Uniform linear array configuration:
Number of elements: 64
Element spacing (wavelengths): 0.5
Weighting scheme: blackman
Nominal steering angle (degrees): -60
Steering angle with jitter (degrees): -59.435
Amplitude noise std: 0.05
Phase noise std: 0.05

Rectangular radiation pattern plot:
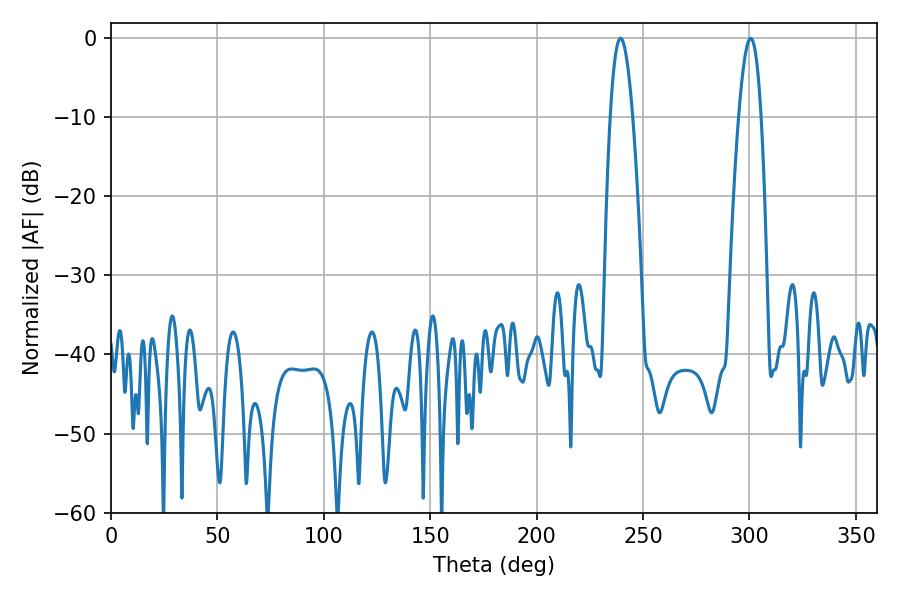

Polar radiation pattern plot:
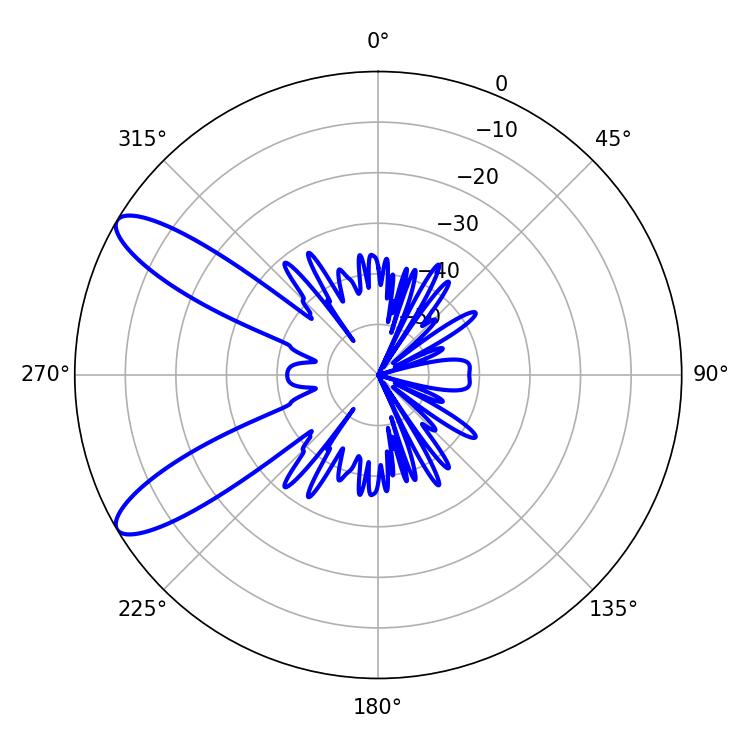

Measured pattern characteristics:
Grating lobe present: FALSE
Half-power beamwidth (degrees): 5.76
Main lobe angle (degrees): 239.4